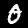
Label: 0